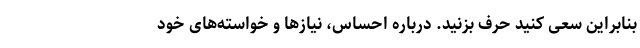
بنابراین سعی کنید حرف بزنید. درباره احساس، نیازها و خواسته‌های خود